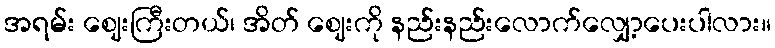
အရမ်း ဈေးကြီးတယ်၊ အိတ် ဈေးကို နည်းနည်းလောက်လျှော့ပေးပါလား။